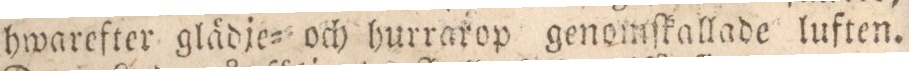
hwarefter glädje= och hurrarop genomſkallade luften.